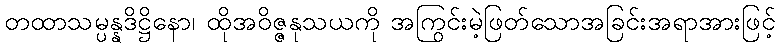
တထာသမ္ပန္နဒိဋ္ဌိနော၊ ထိုအဝိဇ္ဇနုသယကို အကြွင်းမဲ့ဖြတ်သောအခြင်းအရာအားဖြင့်